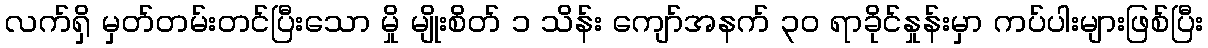
လက်ရှိ မှတ်တမ်းတင်ပြီးသော မှို မျိုးစိတ် ၁ သိန်း ကျော်အနက် ၃၀ ရာခိုင်နှုန်းမှာ ကပ်ပါးများဖြစ်ပြီး